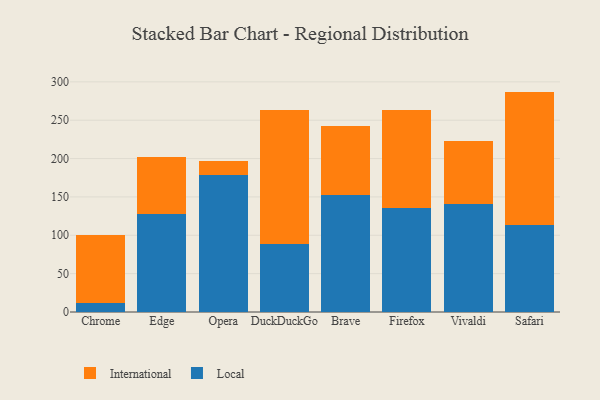
{"axis": {"x": "Browser", "y": "Shipments"}, "legend": ["International", "Local"], "data": [{"x": "Chrome", "y": 11.3, "type": "Local"}, {"x": "Chrome", "y": 88.8, "type": "International"}, {"x": "Edge", "y": 128.4, "type": "Local"}, {"x": "Edge", "y": 74.1, "type": "International"}, {"x": "Opera", "y": 178.5, "type": "Local"}, {"x": "Opera", "y": 18.3, "type": "International"}, {"x": "DuckDuckGo", "y": 88.8, "type": "Local"}, {"x": "DuckDuckGo", "y": 174.0, "type": "International"}, {"x": "Brave", "y": 152.9, "type": "Local"}, {"x": "Brave", "y": 89.7, "type": "International"}, {"x": "Firefox", "y": 135.3, "type": "Local"}, {"x": "Firefox", "y": 128.2, "type": "International"}, {"x": "Vivaldi", "y": 141.2, "type": "Local"}, {"x": "Vivaldi", "y": 81.6, "type": "International"}, {"x": "Safari", "y": 113.0, "type": "Local"}, {"x": "Safari", "y": 174.3, "type": "International"}]}